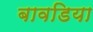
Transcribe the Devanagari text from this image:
बावडिया